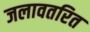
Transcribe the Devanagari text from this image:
जलावतरित